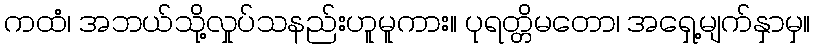
ကထံ၊ အဘယ်သို့လှုပ်သနည်းဟူမူကား။ ပုရတ္တိမတော၊ အရှေ့မျက်နှာမှ။